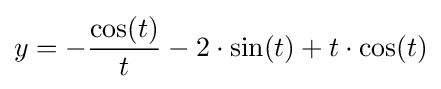
y=-{\frac {\cos(t)}{t}}-2\cdot \sin(t)+t\cdot \cos(t)